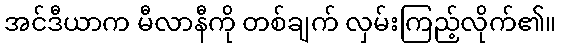
အင်ဒီယာက မီလာနီကို တစ်ချက် လှမ်းကြည့်လိုက်၏။